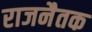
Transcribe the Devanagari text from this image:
राजनैतक